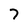
Character: 7